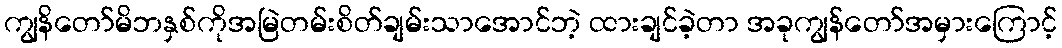
ကျွနိတော်မိဘနှစ်ကိုအမြဲတမ်းစိတ်ချမ်းသာအောင်ဘဲ့ ထားချင်ခဲ့တာ အခုကျွန်တော်အမှားကြောင့်